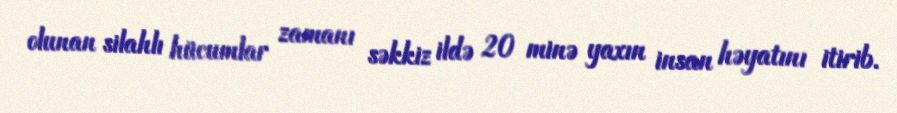
olunan silahlı hücumlar zamanı səkkiz ildə 20 minə yaxın insan həyatını itirib.